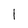
Character: 1